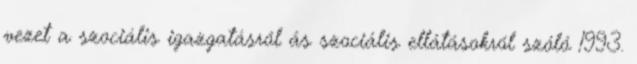
vezet a szociális igazgatásról ás szociális ellátásokról szóló 1993.